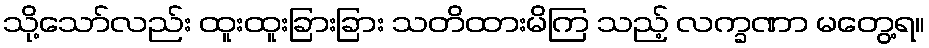
သို့သော်လည်း ထူးထူးခြားခြား သတိထားမိကြ သည့် လက္ခဏာ မတွေ့ရ။